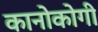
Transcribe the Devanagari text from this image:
कानोकोगी